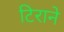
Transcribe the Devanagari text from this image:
टिराने